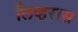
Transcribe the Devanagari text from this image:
लिव्हरास